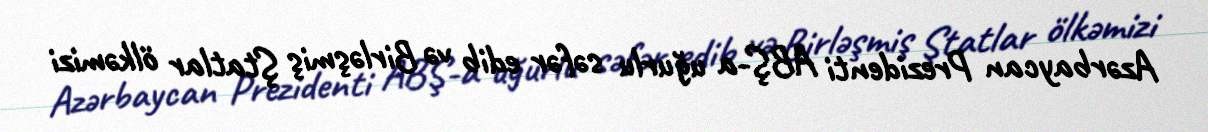
Azərbaycan Prezidenti ABŞ-a uğurlu səfər edib və Birləşmiş Ştatlar ölkəmizi